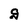
Character: g